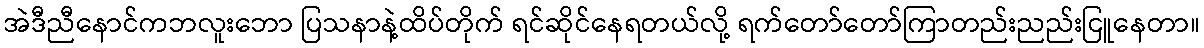
အဲဒီညီနောင်ကဘလူးဘော ပြသနာနဲ့ထိပ်တိုက် ရင်ဆိုင်နေရတယ်လို့ ရက်တော်တော်ကြာတည်းညည်းငြူနေတာ။